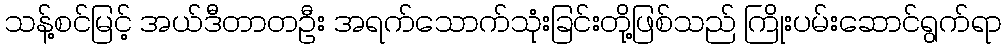
သန့်စင်မြင့် အယ်ဒီတာတဦး အရက်သောက်သုံးခြင်းတို့ဖြစ်သည် ကြိုးပမ်းဆောင်ရွက်ရာ